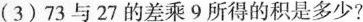
(3)73与27的差乘9所得的积是多少?